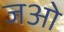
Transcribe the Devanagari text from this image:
जओ